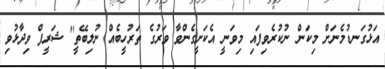
އަޅުގަނޑުމެނަށް މިކަން ނުކުރެވިފައި މިވަނީ އެކަށީގެންވާ ވަރުގެ ތަރުހީބެއް ނުލިބޭތީ'' ޝަރީފް ވިދާޅުވި